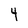
Character: 4